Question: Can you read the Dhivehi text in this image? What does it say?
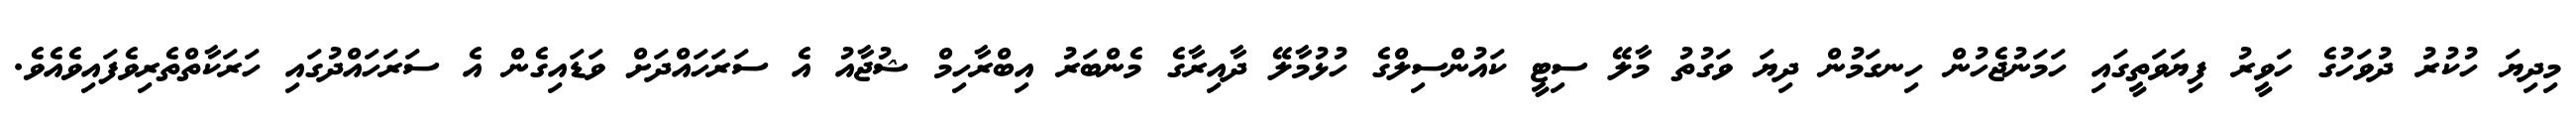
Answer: މިދިޔަ ހުކުރު ދުވަހުގެ ހަވީރު ފިޔަވަތީގައި ހަމަނުޖެހުން ހިނގަމުން ދިޔަ ވަގުތު މާލޭ ސިޓީ ކައުންސިލްގެ ހުޅުމާލޭ ދާއިރާގެ މެންބަރު އިބްރާހިމް ޝުޖާއު އެ ސަރަހައްދަށް ވަޑައިގެން އެ ސަރަހައްދުގައި ހަރަކާތްތެރިވެފައިވެއެވެ.